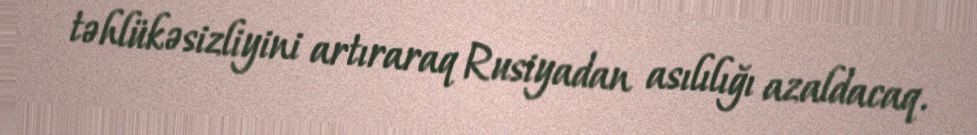
təhlükəsizliyini artıraraq Rusiyadan asılılığı azaldacaq.